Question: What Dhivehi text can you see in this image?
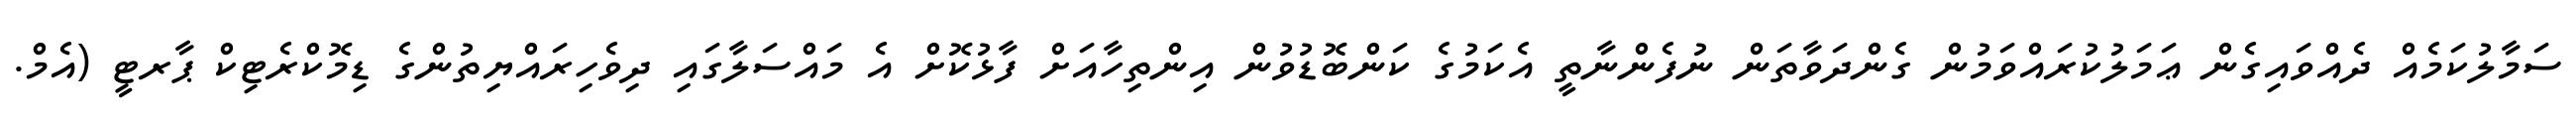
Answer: ސަމާލުކަމެއް ދެއްވައިގެން ޢަމަލުކުރައްވަމުން ގެންދަވާތަން ނުފެންނާތީ އެކަމުގެ ކަންބޮޑުވުން އިންތިހާއަށް ފާޅުކޮށް އެ މައްސަލާގައި ދިވެހިރައްޔިތުންގެ ޑިމޮކްރެޓިކް ޕާރޓީ (އެމް.